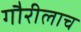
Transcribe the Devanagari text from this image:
गौरीलाच